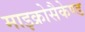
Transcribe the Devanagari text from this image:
माइक्रोसैकेण्ड